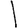
Digit: 1